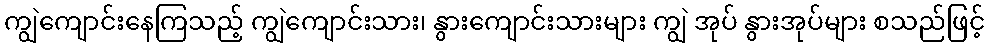
ကျွဲကျောင်းနေကြသည့် ကျွဲကျောင်းသား၊ နွားကျောင်းသားများ ကျွဲ အုပ် နွားအုပ်များ စသည်ဖြင့်